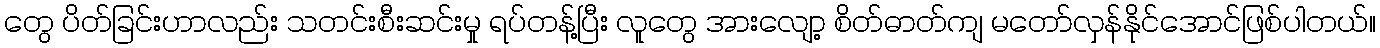
တွေ ပိတ်ခြင်းဟာလည်း သတင်းစီးဆင်းမှု ရပ်တန့်ပြီး လူတွေ အားလျော့ စိတ်ဓာတ်ကျ မတော်လှန်နိုင်အောင်ဖြစ်ပါတယ်။